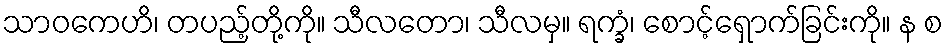
သာဝကေဟိ၊ တပည့်တို့ကို။ သီလတော၊ သီလမှ။ ရက္ခံ၊ စောင့်ရှောက်ခြင်းကို။ န စ